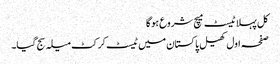
کل پہلا ٹیسٹ میچ شروع ہوگا
صفحہ اول کھیل پاکستان میں ٹیسٹ کرکٹ میلہ سج گیا۔